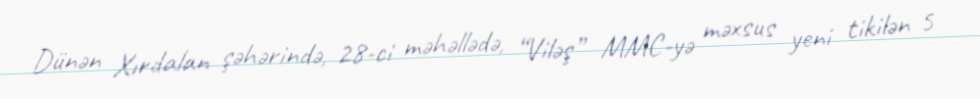
Dünən Xırdalan şəhərində, 28-ci məhəllədə, “Viləş” MMC-yə məxsus yeni tikilən 5